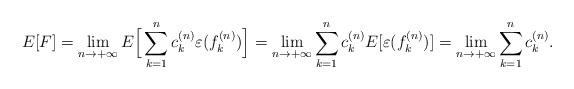
LaTeX: \begin{align*}E[F]=\lim_{n\rightarrow+\infty}E\Big[\sum_{k=1}^{n}c_k^{(n)}\varepsilon(f_k^{(n)})\Big]=\lim_{n\rightarrow+\infty}\sum_{k=1}^{n}c_k^{(n)}E[\varepsilon(f_k^{(n)})]=\lim_{n\rightarrow+\infty}\sum_{k=1}^{n}c_k^{(n)}.\end{align*}